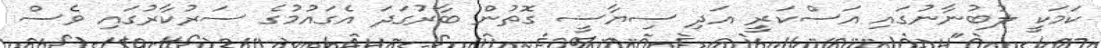
ކަމަކީ ލުބުނާނުގައި އަސްކަރީ އަދި ސިޔާސީ ގޮތުން ބާރުގަދަ އެގައުމުގެ ސަރުކާރުގައި ވެސް